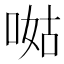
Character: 𠵎